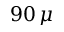
9 0 \, \mu